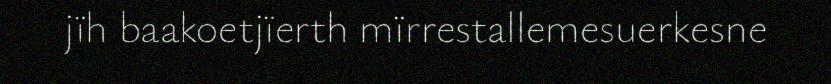
jïh baakoetjïerth mïrrestallemesuerkesne